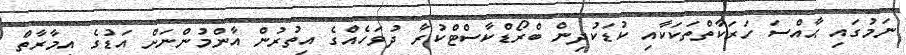
ނަމުގައި ޙާއްސަ ހަރަކާތްތަކަކާއި ކުޑަކުދިން ބްރޯޑްކާސްޓްކުރާ ދުވަހެއްގެ އިތުރުން އާންމުންނަށް އަޑުގެ އިމާރާތް